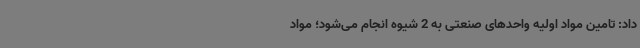
داد: تامین مواد اولیه واحدهای صنعتی به 2 شیوه انجام می‌شود؛ مواد